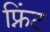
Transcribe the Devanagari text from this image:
फ्निंट